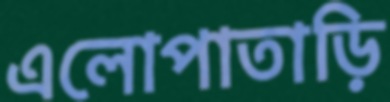
এলোপাতাড়ি